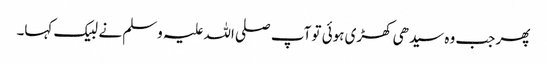
پھر جب وہ سیدھی کھڑی ہوئی تو آپ صلی اللہ علیہ وسلم نے لبیک کہا۔